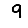
Digit: 9